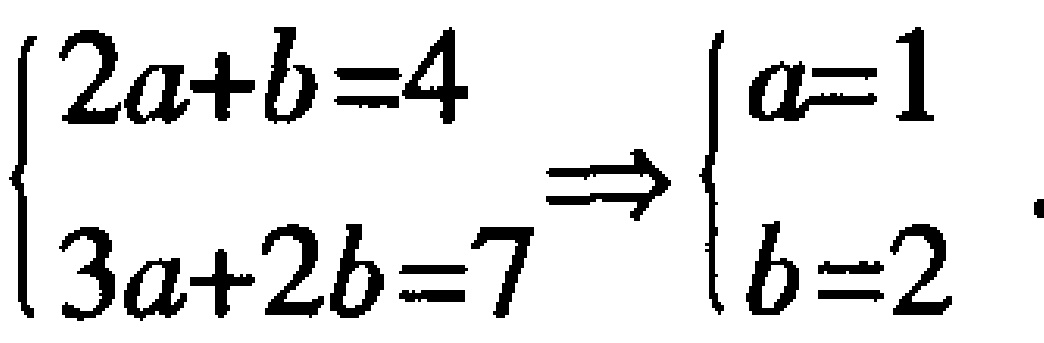
$\begin{cases}2a + b = 4\\3a + 2b = 7\end{cases}\Rightarrow\begin{cases}a = 1\\b = 2\end{cases}$